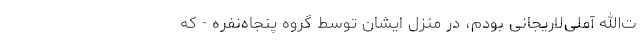
ت‌الله آملی‌لاریجانی بودم، در منزل ایشان توسط گروه پنجاه‌نفره - که